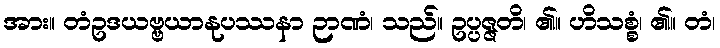
အား။ တံဥဒယဗ္ဗယာနုပဿနာ ဉာဏံ၊ သည်။ ဥပ္ပဇ္ဇတိ၊ ၏။ ဟိသစ္စံ၊ ၏။ တံ၊